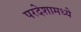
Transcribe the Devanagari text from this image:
परदेशामध्ये